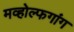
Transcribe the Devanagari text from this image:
मव्होल्फगांग